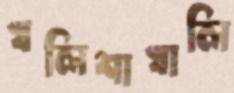
খলিশাখালি